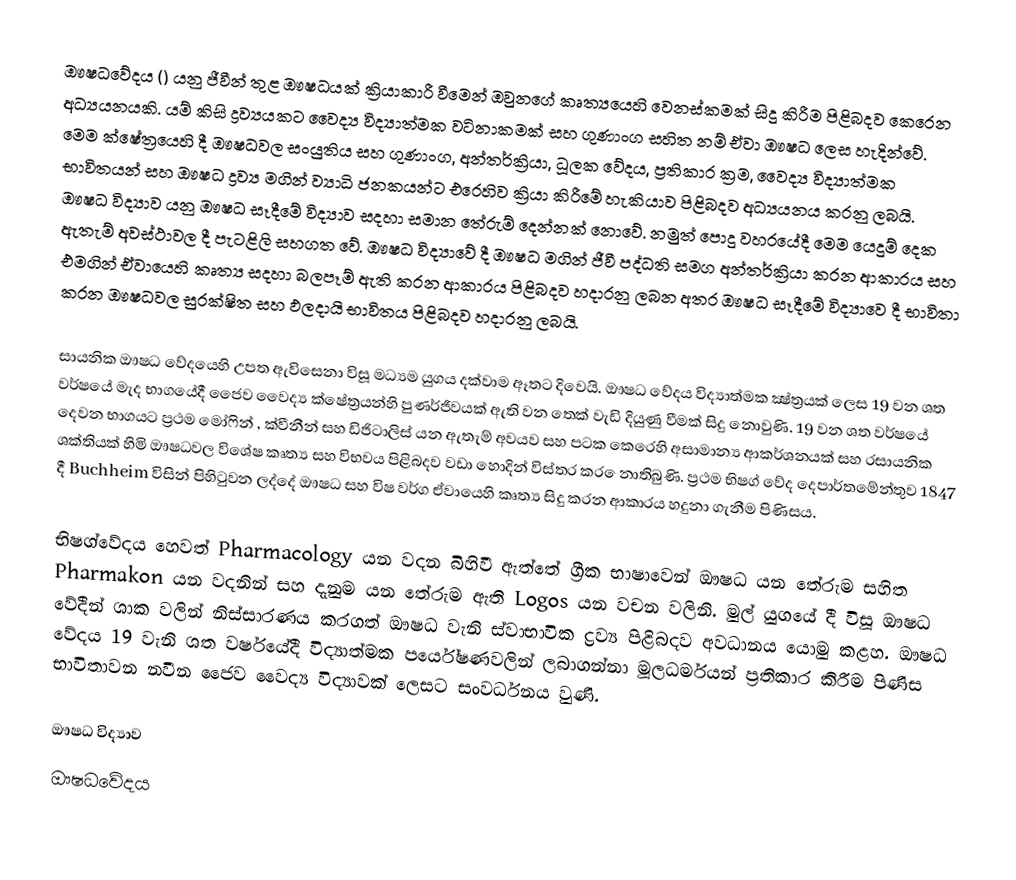
ඖෂධවේදය () යනු ජීවීන් තුළ ඖෂධයක් ක්‍රියාකාරී වීමෙන් ඔවුනගේ කෘත්‍යයෙහි වෙනස්කමක් සිදු කිරීම පිළිබදව කෙරෙන අධ්‍යයනයකි. යම් කිසි ද්‍රව්‍යයකට වෛද්‍ය විද්‍යාත්මක වටිනාකමක් සහ ගුණාංග සහිත නම් ඒවා ඖෂධ ලෙස හැදින්වේ. මෙම ක්ෂේත්‍රයෙහි දී ඖෂධවල සංයුතිය සහ ගුණාංග, අන්තර්ක්‍රියා, ධූලක වේදය, ප්‍රතිකාර ක්‍රම, වෛද්‍ය විද්‍යාත්මක භාවිතයන් සහ ඖෂධ ද්‍රව්‍ය මගින් ව්‍යාධි ජනකයන්ට එරෙහිව ක්‍රියා කිරීමේ හැකියාව පිළිබදව අධ්‍යයනය කරනු ලබයි. ඖෂධ විද්‍යාව යනු ඖෂධ සෑදීමේ විද්‍යාව සදහා සමාන තේරුම් දෙන්නක් නොවේ. නමුත් පොදු වහරයේදී මෙම යෙදුම් දෙක ඇතැම් අවස්ථාවල දී පැටළිලි සහගත වේ. ඖෂධ විද්‍යාවේ දී ඖෂධ මගින් ජීවී පද්ධති සමග අන්තර්ක්‍රියා කරන ආකාරය සහ එමගින් ඒවායෙහි කෘත්‍ය සදහා බලපෑම් ඇති කරන ආකාරය පිළිබදව හදාරනු ලබන අතර ඖෂධ සෑදීමේ විද්‍යාවෙ දී භාවිතා කරන ඖෂධවල සුරක්ෂිත සහ ඵලදායි භාවිතය පිළිබදව හදාරනු ලබයි.

සායනික ඖෂධ වේදයෙහි උපත ඇවිසෙනා විසූ මධ්‍යම යුගය දක්වාම ඈතට දිවෙයි. ඖෂධ වේදය විද්‍යාත්මක ක්‍ෂ්ත්‍රයක් ලෙස 19 වන ශත වර්ෂයේ මැද භාගයේදී ජෛව වෛද්‍ය ක්ෂේත්‍රයන්හි පුණර්ජීවයක් ඇති වන තෙක් වැඩි දියුණු වීමක් සිදු නොවුණි. 19 වන ශත වර්ෂයේ දෙවන භාගයට ප්‍රථම මෝෆින් , ක්වීනීන් සහ ඩිජිටාලිස් යන ඇතැම් අවයව සහ පටක කෙරෙහි අසාමාන්‍ය ආකර්ශනයක් සහ රසායනික ශක්තියක් හිමි ඖෂධවල විශේෂ කෘත්‍ය සහ විභවය පිළිබදව වඩා හොදින් විස්තර කර ‍ෙනාතිබුණි. ප්‍රථම භිෂග් වේද දෙපාර්තමේන්තුව 1847 දී Buchheim විසින් පිහිටුවන ලද්දේ ඖෂධ සහ විෂ වර්ග ඒවායෙහි කෘත්‍ය සිදු කරන ආකාරය හදුනා ගැනීම පිණිසය.

භිෂග්වේදය හෙවත් Pharmacology යන වදන බිහිවී ඇත්තේ ග්‍රීක භාෂාවෙන් ඖෂධ යන තේරුම සහිත Pharmakon යන වදනින් සහ දැනුම යන තේරුම ඇති Logos යන වචන වලිනි. මුල් යුගයේ දී විසූ ඖෂධ වේදීන් ශාක වලින් නිස්සාරණය කරගත් ඖෂධ වැනි ස්වාභාවික ද්‍රව්‍ය පිළිබදව අවධානය යොමු කළහ. ඖෂධ වේදය 19 වැනි ශත වර්ෂයේදී විද්‍යාත්මක පර්යේෂණවලින් ලබාගන්නා මූලධර්මයන් ප්‍රතිකාර කිරීම පිණිස භාවිතාවන නවීන ජෛව වෛද්‍ය විද්‍යාවක් ලෙසට සංවර්ධනය වුණි.

ඖෂධ විද්‍යාව
ඖෂධවේදය